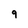
Character: 9